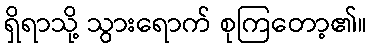
ရှိရာသို့ သွားရောက် စုကြတော့၏။